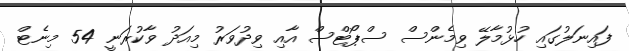
ފައިނަލުގައި ހުޅުމާލޭ ވިމެންސް ސްޕޯޓްސް އާއި ވިދުވަރު މިއަދު ވާކުރަނީ 54 މިނެޓް